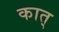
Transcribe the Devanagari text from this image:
कात्‌